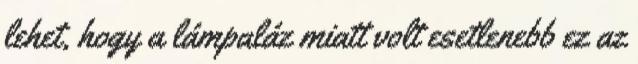
lehet, hogy a lámpaláz miatt volt esetlenebb ez az